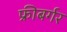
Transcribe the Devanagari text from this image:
फ्रीबर्गर